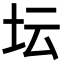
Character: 坛